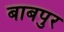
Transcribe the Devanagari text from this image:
बाबपुर